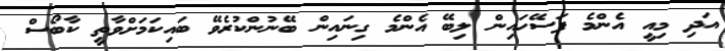
އަދި މިއީ އެންމެ ފަސޭހައިން ލިބޭ އެންމެ ގިނައިން ބޭނުންކުރެވޭ ބައިކަމަށްވާތީ ކާބޯސް